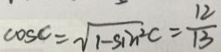
\cos c = \sqrt { 1 - \sin ^ { 2 } c } = \frac { 1 2 } { 1 3 }